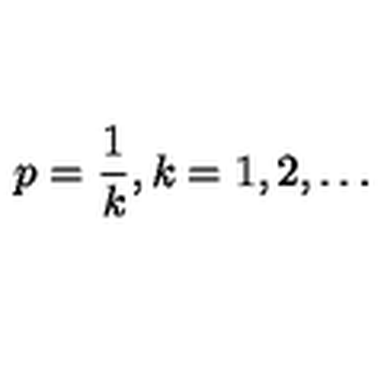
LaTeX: \displaystyle p = \frac { 1 } { k } , k = 1 , 2 , \ldots